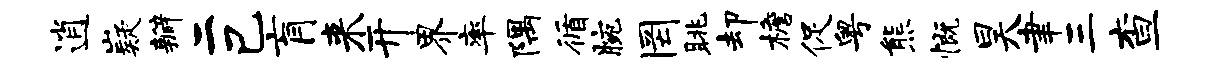
逍嶷瓣二己肓来开界率隅循腕罔眺却檐促粤熊慨昊聿三查